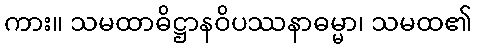
ကား။ သမထာဓိဋ္ဌာနဝိပဿနာဓမ္မာ၊ သမထ၏